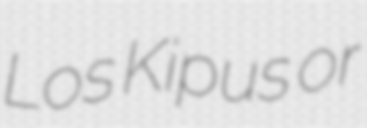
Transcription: Los Kipus or